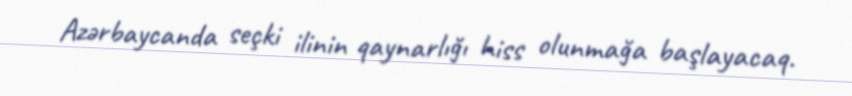
Azərbaycanda seçki ilinin qaynarlığı hiss olunmağa başlayacaq.